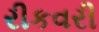
રીકવરી